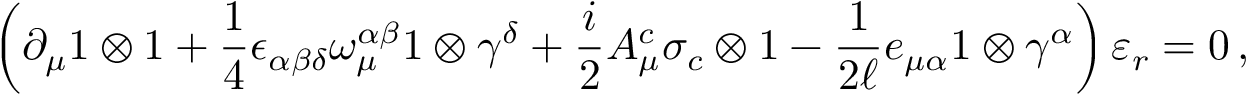
\left( \partial _ { \mu } 1 \otimes 1 + \frac { 1 } { 4 } \epsilon _ { \alpha \beta \delta } \omega _ { \mu } ^ { \alpha \beta } 1 \otimes \gamma ^ { \delta } + \frac { i } { 2 } A _ { \mu } ^ { c } \sigma _ { c } \otimes 1 - \frac { 1 } { 2 \ell } e _ { \mu \alpha } 1 \otimes \gamma ^ { \alpha } \right) \varepsilon _ { r } = 0 \, ,